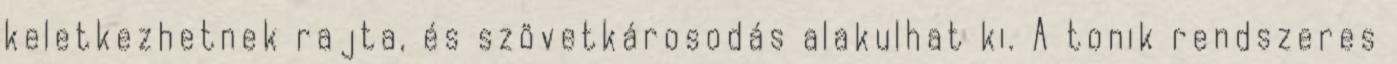
keletkezhetnek rajta, és szövetkárosodás alakulhat ki. A tonik rendszeres